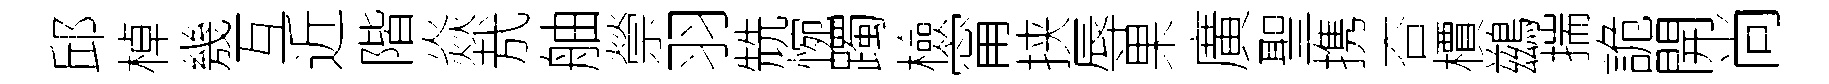
邱棹㡬互近階焱㢤舳禜羽兟惋躅檢甯挟辱果廣聖携杏檟鷀揣詭開尚